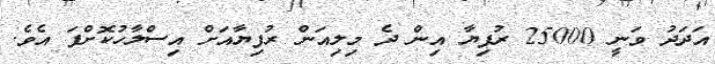
އަދަދު ވަނީ 25000 ރުފިޔާ އިން ދެ މިލިއަން ރުފިޔާއަށް އިސްލާހުކޮށްފަ އެވެ.